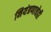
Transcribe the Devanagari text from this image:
नियंत्रणाचेही